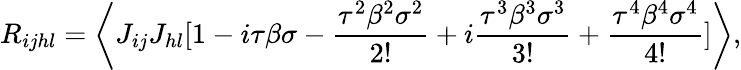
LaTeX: R_{ijhl}=\biggl\langle J_{ij}J_{hl}[1-i\tau\beta\sigma-\frac{\tau^{2}\beta^{2}\sigma^{2}}{2!}+i\frac{\tau^{3}\beta^{3}\sigma^{3}}{3!}+\frac{\tau^{4}\beta^{4}\sigma^{4}}{4!}]\biggl\rangle,